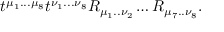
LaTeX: t ^ { \mu _ { 1 } . . . \mu _ { 8 } } t ^ { \nu _ { 1 } . . . \nu _ { 8 } } R _ { \mu _ { 1 } . . \nu _ { 2 } } \ldots R _ { \mu _ { 7 } . . \nu _ { 8 } } .